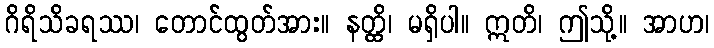
ဂိရိသိခရဿ၊ တောင်ထွတ်အား။ နတ္ထိ၊ မရှိပါ။ ဣတိ၊ ဤသို့။ အာဟ၊